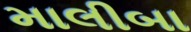
માલીબા